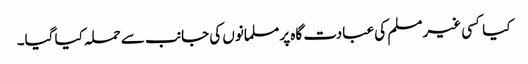
کیا کسی غیر مسلم کی عبادت گاہ پر مسلمانوں کی جانب سے حملہ کیا گیا۔